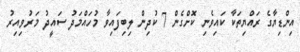
އިންޑިޔާގެ ރައްޔިތަކާ ކައިވެނި ކޮށްގެން 7 ކުދިން ލިބިފައިވާ މުހައްމަދު ސައީދު މަރުވިއިރު